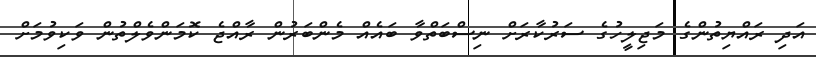
އަދި ރައްޔިތުންގެ މަޖިލީހުގެ ސަރުކާރަށް ނިސްބަތްވާ ބައެއް މެންބަރުން ރާއްޖެ ކޮމަންވެލްތުން ވަކިވުމަށް